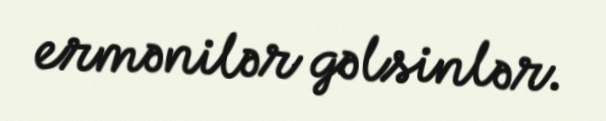
ermənilər gəlsinlər.